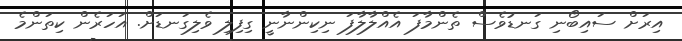
އިރަށް ސައިބޯނި ގަނޑުވެސް ތެންމާފަ އެއްލާލާފަ ނިކިންނާނީ ގިފިލި ވެލިގަނޑަށް. އަހަރެން ކިތަންމެ